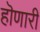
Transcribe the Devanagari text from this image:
हॊणारी